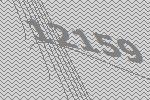
12159